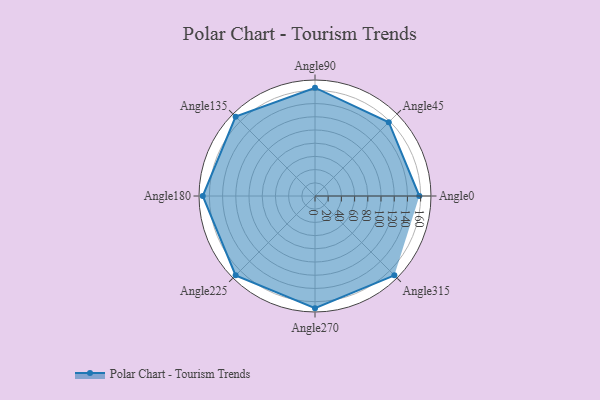
{"axis": {"x": "Angle", "y": "Radius"}, "legend": [""], "data": [{"x": "Angle0", "y": 158.0, "type": ""}, {"x": "Angle45", "y": 158.0, "type": ""}, {"x": "Angle90", "y": 164.0, "type": ""}, {"x": "Angle135", "y": 170.0, "type": ""}, {"x": "Angle180", "y": 170, "type": ""}, {"x": "Angle225", "y": 170, "type": ""}, {"x": "Angle270", "y": 170, "type": ""}, {"x": "Angle315", "y": 170, "type": ""}]}